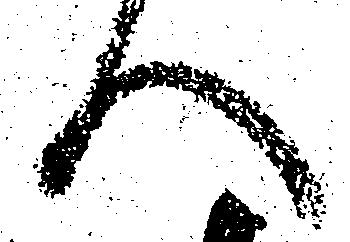
へ